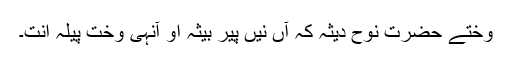
وختے حضرت نوحؑ دیثہ کہ آں نیں پیر بیثہ او آنہی وخت پیلہ اِنت۔